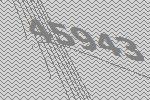
45943